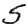
Digit: 5